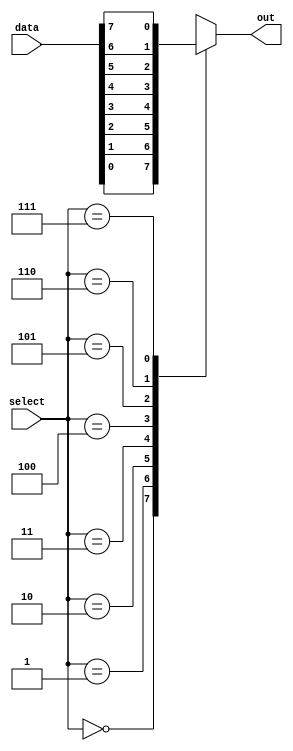
module mux_8to1 (
    input [7:0] data,
    input [2:0] select,
    output reg out
);

always @(*) begin
    case (select)
        3'b000: out = data[0];
        3'b001: out = data[1];
        3'b010: out = data[2];
        3'b011: out = data[3];
        3'b100: out = data[4];
        3'b101: out = data[5];
        3'b110: out = data[6];
        3'b111: out = data[7];
    endcase
end

endmodule